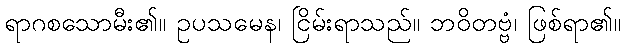
ရာဂစသောမီး၏။ ဥပသမေန၊ ငြိမ်းရာသည်။ ဘဝိတဗ္ဗံ၊ ဖြစ်ရာ၏။